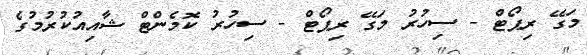
މަގޭ ރިޕޯޓް - ސިހުރު މަގޭ ރިޕޯޓް - ސިހުރު ކޮމެންޓް ޝާއިއުކުރުމުގެ